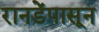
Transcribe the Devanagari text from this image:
रानडेंपासून